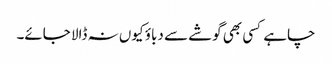
چاہے کسی بھی گوشے سے دباؤ کیوں نہ ڈالا جائے۔